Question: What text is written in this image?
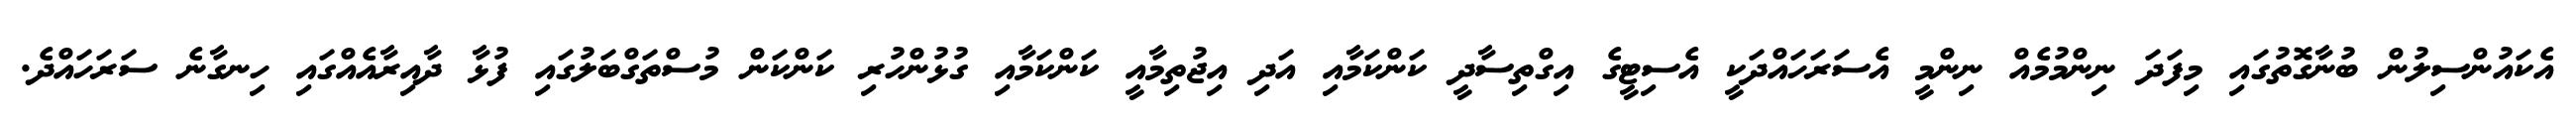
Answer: އެކައުންސިލުން ބުނާގޮތުގައި މިފަދަ ނިންމުމެއް ނިންމީ އެސަރަހައްދަކީ އެސިޓީގެ އިގްތިސާދީ ކަންކަމާއި އަދި އިޖުތިމާއީ ކަންކަމާއި ގުޅުންހުރި ކަންކަން މުސްތަގްބަލުގައި ފުޅާ ދާއިރާއެއްގައި ހިނގާނެ ސަރަހައްދެ.